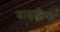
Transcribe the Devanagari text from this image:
बाबारिया